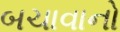
બચાવાનો